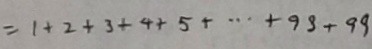
= 1 + 2 + 3 + 4 + 5 + \cdots + 9 8 + 9 9